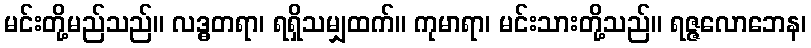
မင်းတို့မည်သည်။ လဒ္ဓတရာ၊ ရရှိသမျှထက်။ ကုမာရာ၊ မင်းသားတို့သည်။ ရဇ္ဇလောဘေန၊